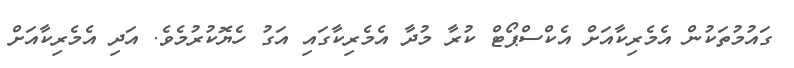
ގައުމުތަކުން އެމެރިކާއަށް އެކްސްޕޯޓް ކުރާ މުދާ އެމެރިކާގައި އަގު ހެޔޮކުރުމެވެ. އަދި އެމެރިކާއަށް